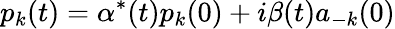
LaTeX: p_{k}(t)=\alpha^{*}(t)p_{k}(0)+i\beta(t)a_{-k}(0)